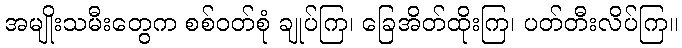
အမျိုးသမီးတွေက စစ်ဝတ်စုံ ချုပ်ကြ၊ ခြေအိတ်ထိုးကြ၊ ပတ်တီးလိပ်ကြ။